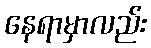
နေရာမှာလည်း